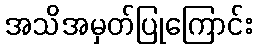
အသိအမှတ်ပြုကြောင်း